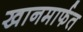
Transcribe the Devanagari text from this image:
खानमार्फत